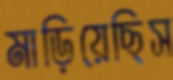
মাড়িয়েছিস